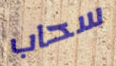
سحاب